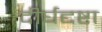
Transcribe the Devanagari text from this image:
दीर्घद्दष्टा